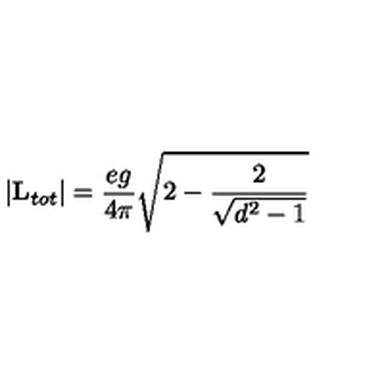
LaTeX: \vert { \bf L } _ { t o t } \vert = { \frac { e g } { 4 \pi } } \sqrt { 2 - { \frac { 2 } { \sqrt { d ^ { 2 } - 1 } } } }